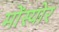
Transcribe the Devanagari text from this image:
मोंस्योर